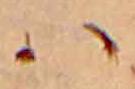
ハ